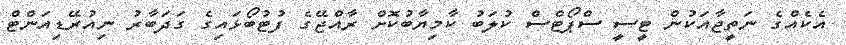
އެކެއްގެ ނަތީޖާއަކުން ޓީސީ ސްޕޯޓްސް ކުލަބު ކާމިޔާބުކޮށް ރާއްޖޭގެ ފުޓުބޯޅައިގެ ގަދަބާރު ނިއުރޭޑިއަންޓް